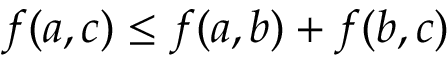
f ( a , c ) \leq f ( a , b ) + f ( b , c )